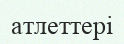
атлеттері